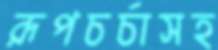
রূপচর্চাসহ